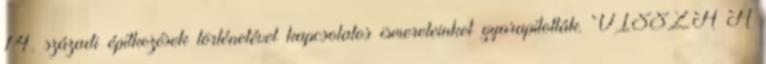
14. századi építkezések történetével kapcsolatos ismereteinket gyarapították. VISSZA A